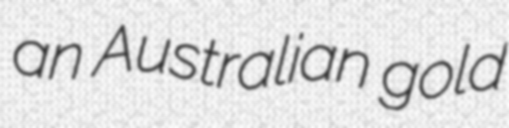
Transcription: an Australian gold